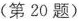
(第20题)